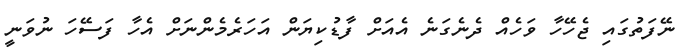
ނޭފަތުގައި ޖެހޭހާ ވަހެއް ދެނެގަނެ އެއަށް ފާޑުކިޔަން އަހަރެމެންނަށް އެހާ ފަސޭހަ ނުވަނީ